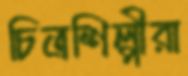
চিত্রশিল্পীরা